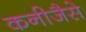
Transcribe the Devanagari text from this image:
कनीजैसे